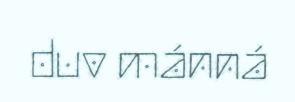
duv mánná